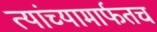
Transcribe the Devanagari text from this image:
त्यांच्यामार्फतच